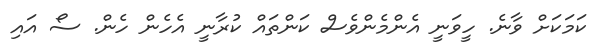
ކަމަކަށް ވާނެ. ހީވަނީ އެންމެންވެސް ކަންތައް ކުރާނީ އެހެން ހެން. ސޯ އައި